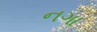
નગા